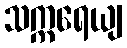
သက္ကရေယျ